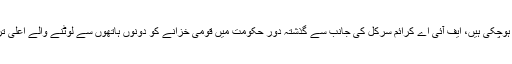
اب ایسے وقت میں جب ایف آئی اے کی تحقیقات اپنے آخری مراحل میں داخل ہوچکی ہیں، ایف آئی اے کرائم سرکل کی جانب سے گذشتہ دور حکومت میں قومی خزانے کو دونوں ہاتھوں سے لوٹنے والے اعلی ترین سیاستدانوں کو بھی انصاف کے کٹہرے میں کھڑا کرنے کا فیصلہ کیا گیا۔